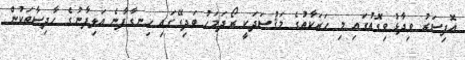
އޮފިސަރު ވިދާޅުވިގޮތުގައި މި ހަރަކާތުގެ މަޤުސަދަކީ ރޯދަމަހު ބަދިގޭގައި ހިނގާފާނެ އަލިފާނުގެ ޙާދިސާތަކުން